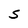
Character: S